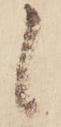
候